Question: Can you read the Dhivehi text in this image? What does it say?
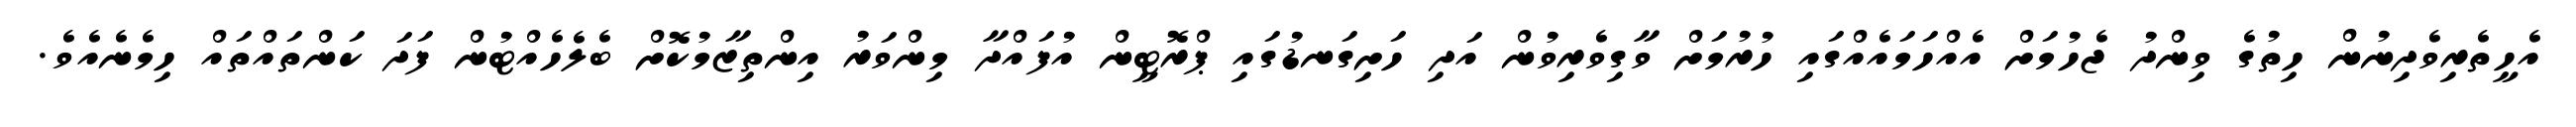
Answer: އެހީތެރިވެދިނުން ހިތުގެ ވިންދު ޖެހުމަށް އެއްހަމައެއްގައި ހުރުމަށް ވާގިވެރިވުން އަދި ހަށިގަނޑުގައި ޕްރޮޓީން އުފައްދާ މިންވަރު އިންތިޒާމުކޮށް ބެލެހެއްޓުން ފަދަ ކަންތައްތައް ހިމެނެއެވެ.